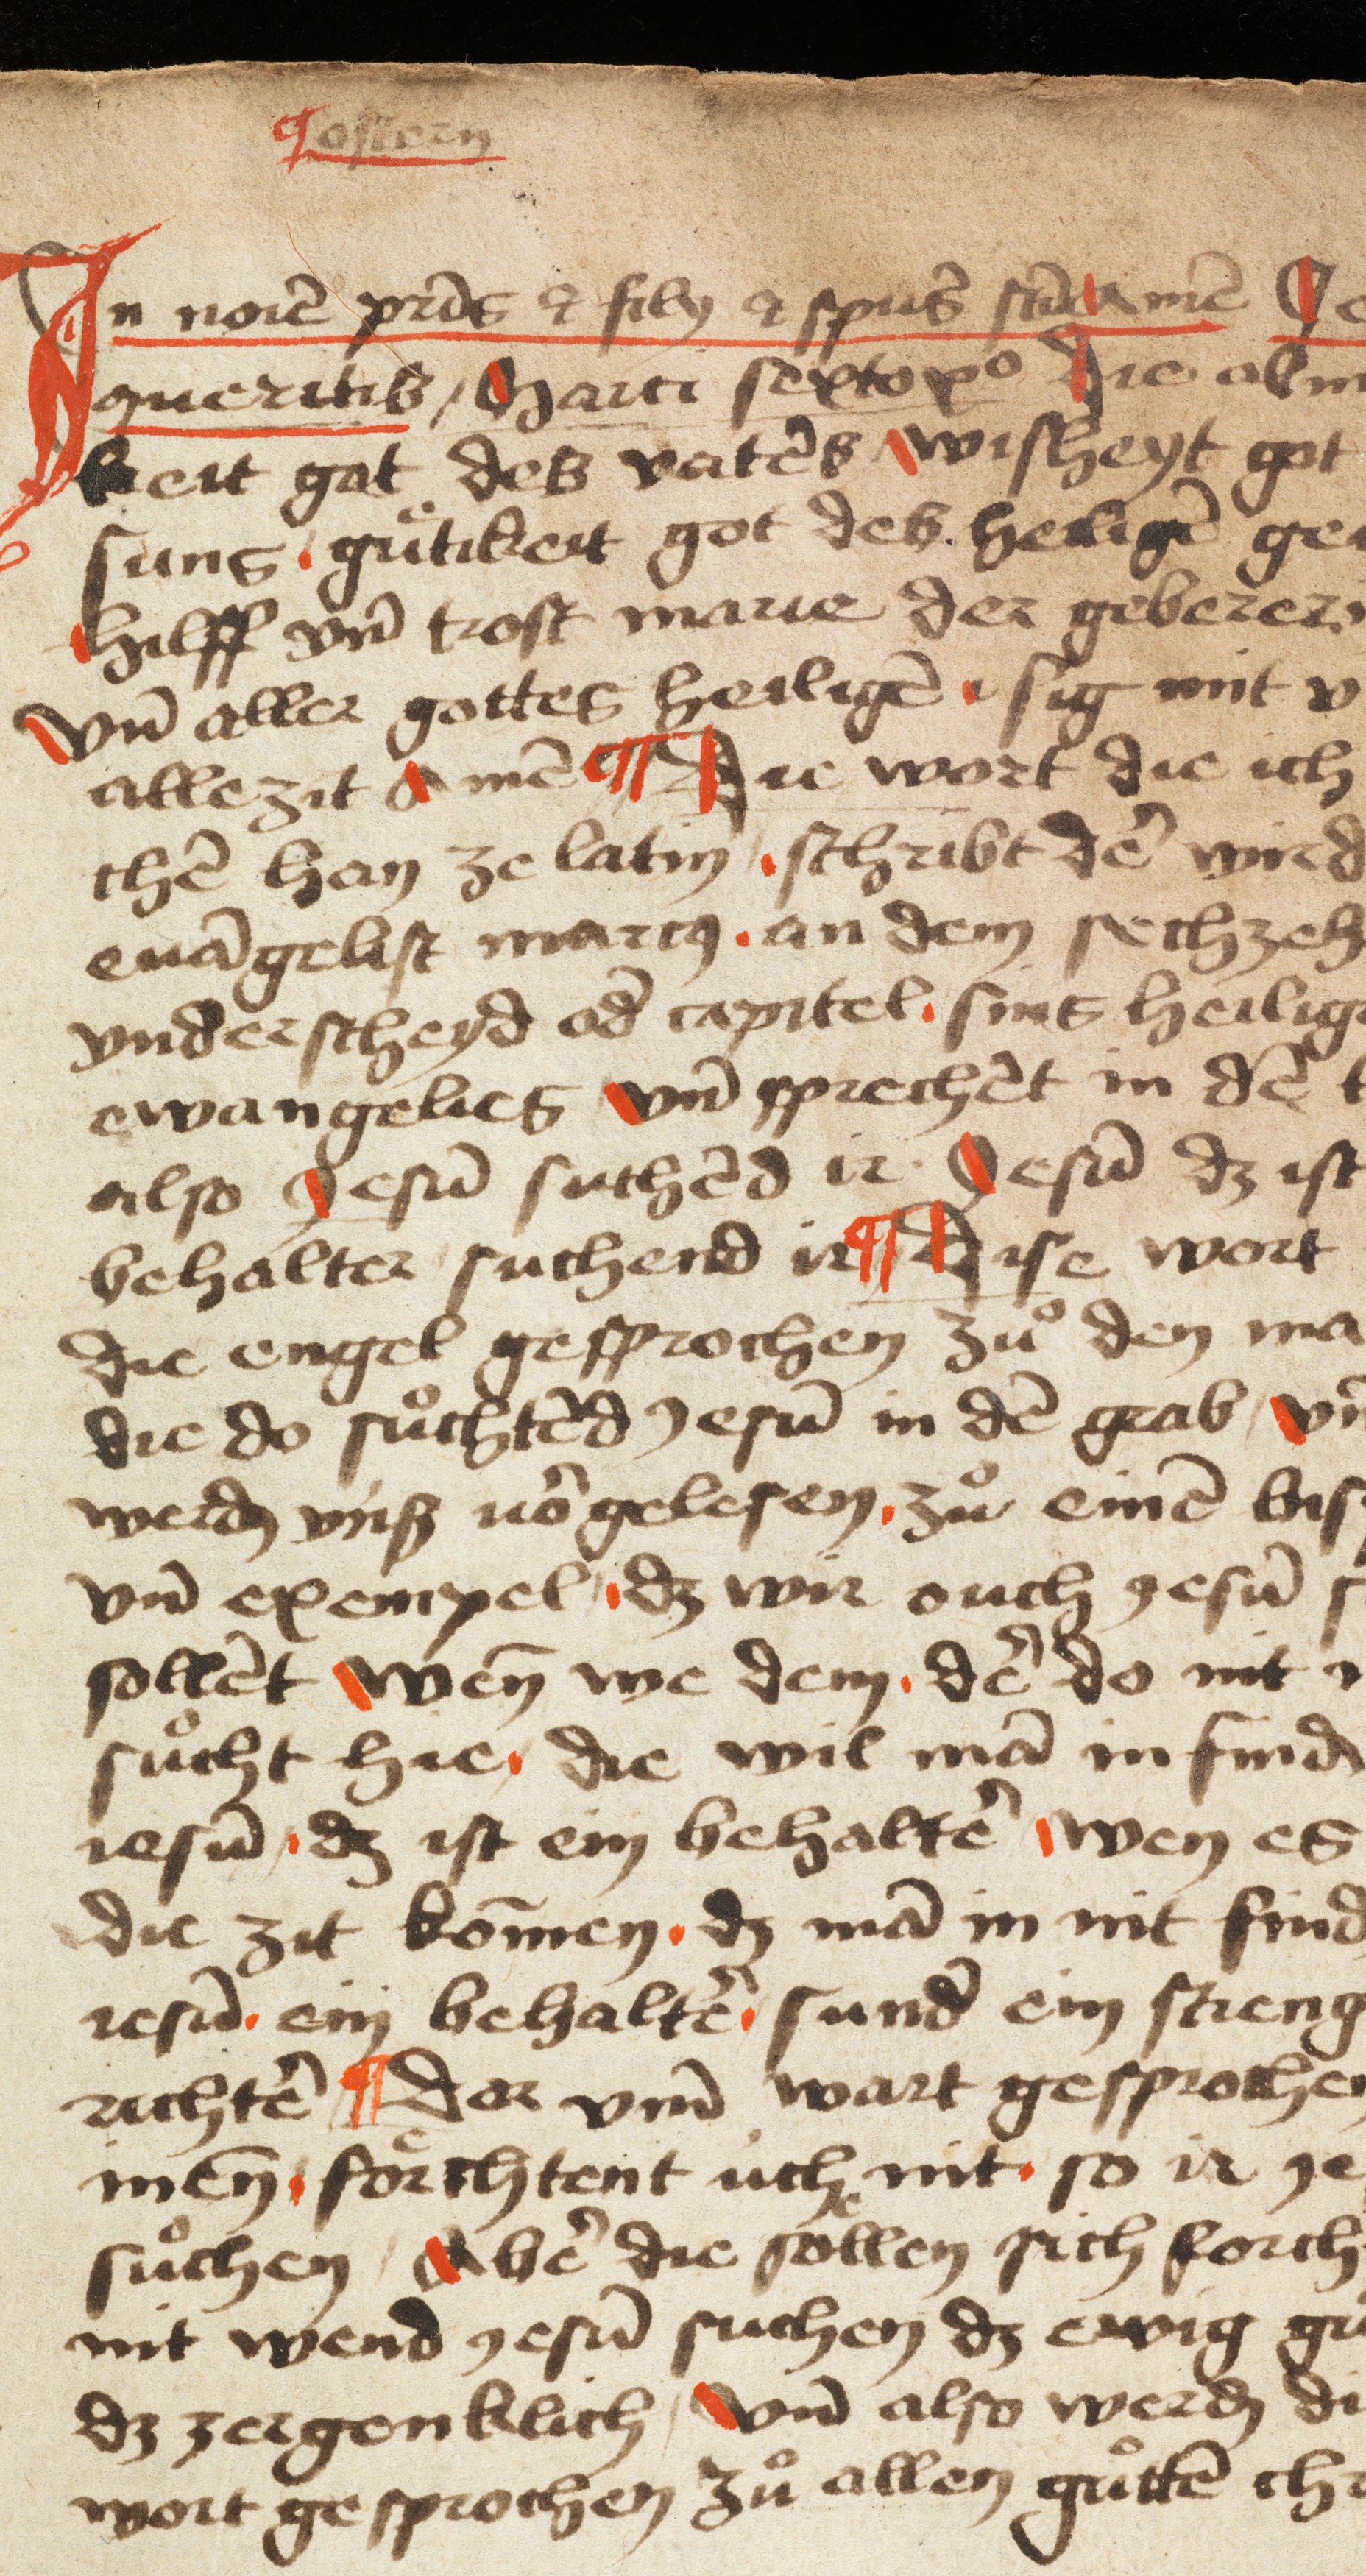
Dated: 1480–1480